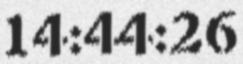
14:44:26